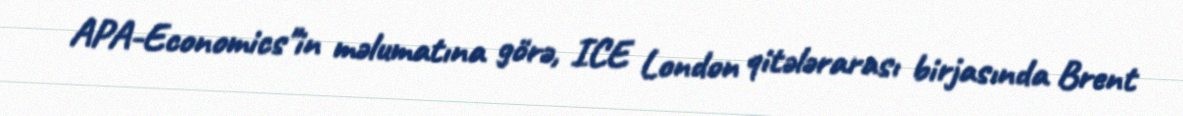
APA-Economics"in məlumatına görə, ICE London qitələrarası birjasında Brent